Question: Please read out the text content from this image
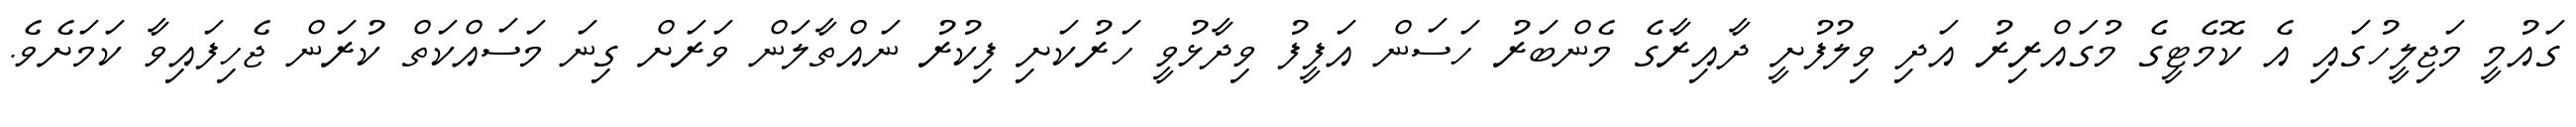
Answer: ގައުމީ މަޖިލީހުގައި އެ ކޮމެޓީގެ މުގައްރިރު އަދި ވިލުފުށީ ދާއިރާގެ މެންބަރު ހަސަން އަފީފު ވިދާޅުވީ ހަރުކަށި ފިކުރު ނައްތާލަން ވަރަށް ގިނަ މަސައްކަތް ކުރަން ޖެހިފައިވާ ކަމަށެވެ.